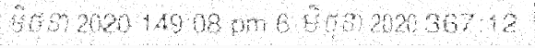
មិថុនា 2020 149:08 pm 6 មិថុនា 2020 367:12